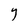
Character: Y